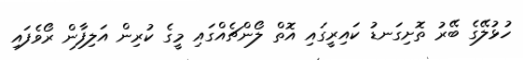
ހުޅުލޭގެ ބޭރު ތޮށިގަނޑު ކައިރީގައި އޮތް ލޯންޗެއްގައި މީގެ ކުރިން އަލިފާން ރޯވެފައި